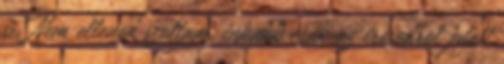
is. Nem ellened szoltam, inkabb csak az irosodrol jutott